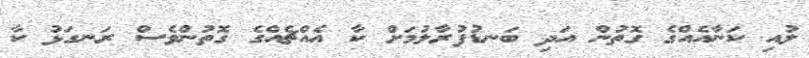
ލުއި ކަނާއެއްގެ ގޮތުން އަދި ބަނޑުފުރާލުމަށް ކާ އެއްޗެއްގެ ގޮތުންވެސް ރަނގަޅު ކާ